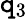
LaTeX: \mathtt{q}_{3}